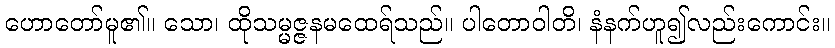
ဟောတော်မူ၏။ သော၊ ထိုသမ္မဇ္ဇနမထေရ်သည်။ ပါတောဝါတိ၊ နံနက်ဟူ၍လည်းကောင်း။